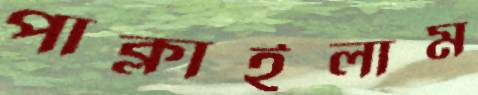
পাক্‌লাইলাম